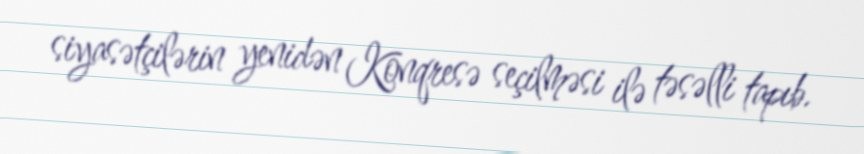
siyasətçilərin yenidən Konqresə seçilməsi ilə təsəlli tapıb.